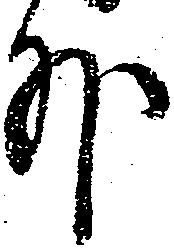
外